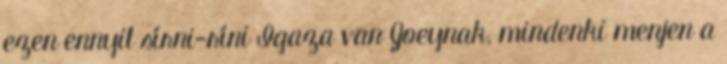
ezen ennyit sírni-ríni Igaza van Joeynak, mindenki menjen a